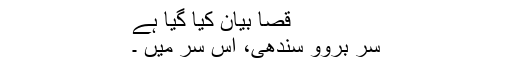
قصا بیان کیا گیا ہے
سر بروو سندھی، اس سر میں ۔